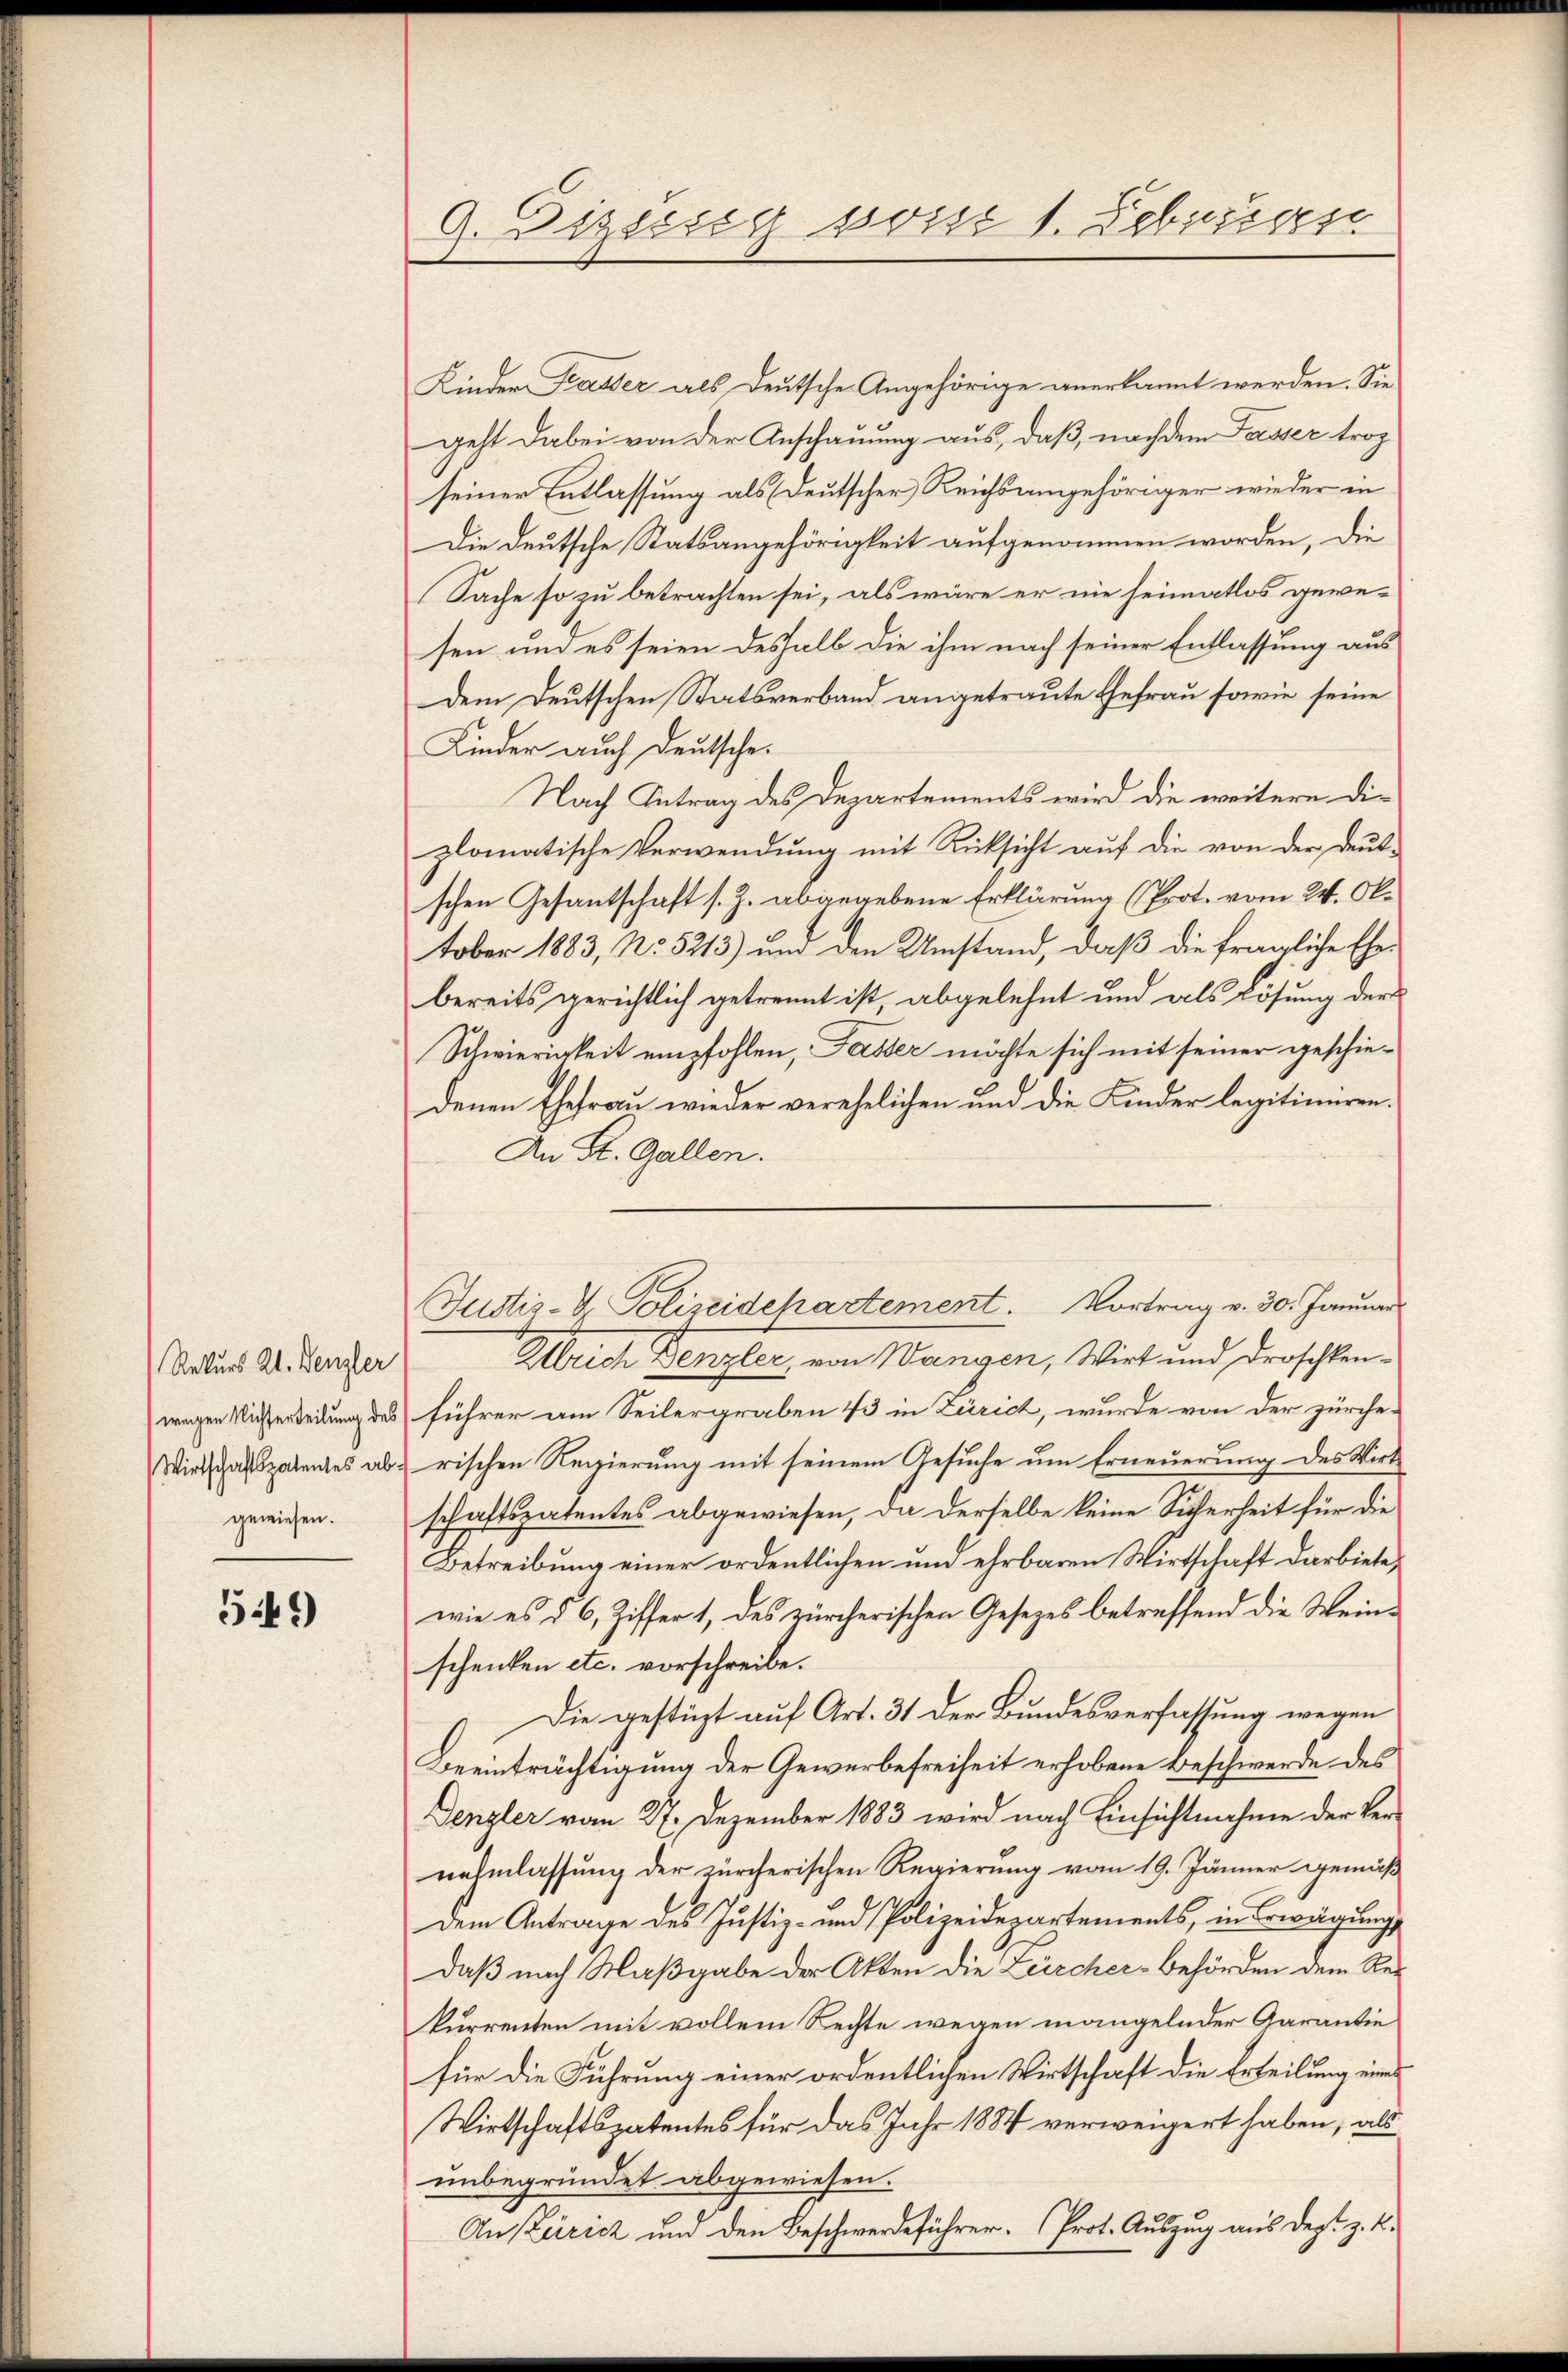
Rekurs Al. Denzler
gewiesen.

59)

9. Dizecseg von 1. Februar

Kinder Tasser als Deutsche Angehörige anerkannt werden. Sie
geht dabei von der Anschauung aus, daß, nachdem Passer trop
seiner Entlassung als Deutscher Reichsangehöriger wieder in
Die deutsche Statsangehörigkeit aufgenommen worden, die
(Sache so zu betrachten sei, als wäre er nie heimatlos gewesen und es seien deshalb die ihm nach seiner Entlassung aus
dem Deutschen Statsverband angetraute Ehefrau sowie seine
Kinder auch Deutsche
Nach Antrag des Departements wird die weitere Diplomatische Verwendung mit Rücksicht auf die von der deut-
schen Gesantschaft s. Z. abgegebene Erklärung (Prot. vom 24. Oktober 1883, No. 5213) und den Umstand, daß die fragliche Ehebereits gerichtlich getrennt ist, abgelehnt und als Lösung der
Schwierigkeit empfohlen, Fasser möchte sich mit seiner geschiedenen Ehefrau wieder verehelichen und die Kinder legitimiren.
An St. Gallen.
Allrich Benzler, von Wangen, Wirt und Droschkenwegen Nichterleitung des führer am Seilergraben 43 in Zürich, wurde von der zürche-
Wirtschaftspatentes ab rischen Regierung mit seinem Gesuche um Erneuerung des Wirt
schaftspatentes abgewiesen, da derselbe keine Sicherheit für die
Betreibung einer ordentlichen und ehrbaren Wirtschaft darbiete,
wie es § 6, Ziffer 1, des zürcherischen Gesetzes betreffend die Weinschenken etc. vorschreibe.
Die gestüzt auf Art. 31 der Bundesverfassung wegen
Beeinträchtigung der Gewerbefreiheit erhobene Beschwerde des
Denzler vom 27. Dezember 1883 wird nach Einsichtnahme der Vernahmlassung der zürcherischen Regierung vom 19. Jänner gemäß
dem Antrage des Justiz- und Polizeidepartements, in Erwägung
daß nach Maßgabe der Akten die Zürcher-Behörden dem Rekurrenten mit vollem Rechte wegen mangelnder Garantie
für die Führung einer ordentlichen Wirtschaft die Erteilung eine
Wirtschaftspatentes für das Jahr 1884 verweigert haben, als
unbegründet abgewiesen.
An Zürich und den Beschwerdeführer. Prot. Auszug aus dept. z. B.

Justiz-V Polizeidepartement. Vortrag v. 30. Januar